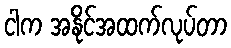
ငါက အနိုင်အထက်လုပ်တာ